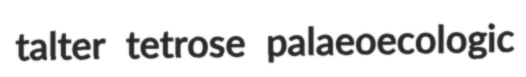
talter tetrose palaeoecologic